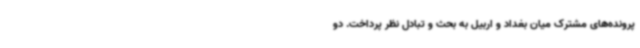
پرونده‌های مشترک میان بغداد و اربیل به بحث و تبادل نظر پرداخت. دو